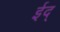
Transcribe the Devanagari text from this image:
ईद्